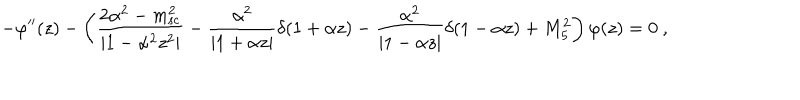
- \varphi ^ { \prime \prime } ( z ) - \left( \frac { 2 \alpha ^ { 2 } - m _ { \mathrm { s c } } ^ { 2 } } { | 1 - \alpha ^ { 2 } z ^ { 2 } | } - \frac { \alpha ^ { 2 } } { | 1 + \alpha z | } \delta ( 1 + \alpha z ) - \frac { \alpha ^ { 2 } } { | 1 - \alpha z | } \delta ( 1 - \alpha z ) + M _ { 5 } ^ { 2 } \right) \varphi ( z ) = 0 ~ ,